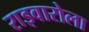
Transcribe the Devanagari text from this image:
राइवारोला